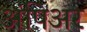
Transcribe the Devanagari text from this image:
अंपिअर